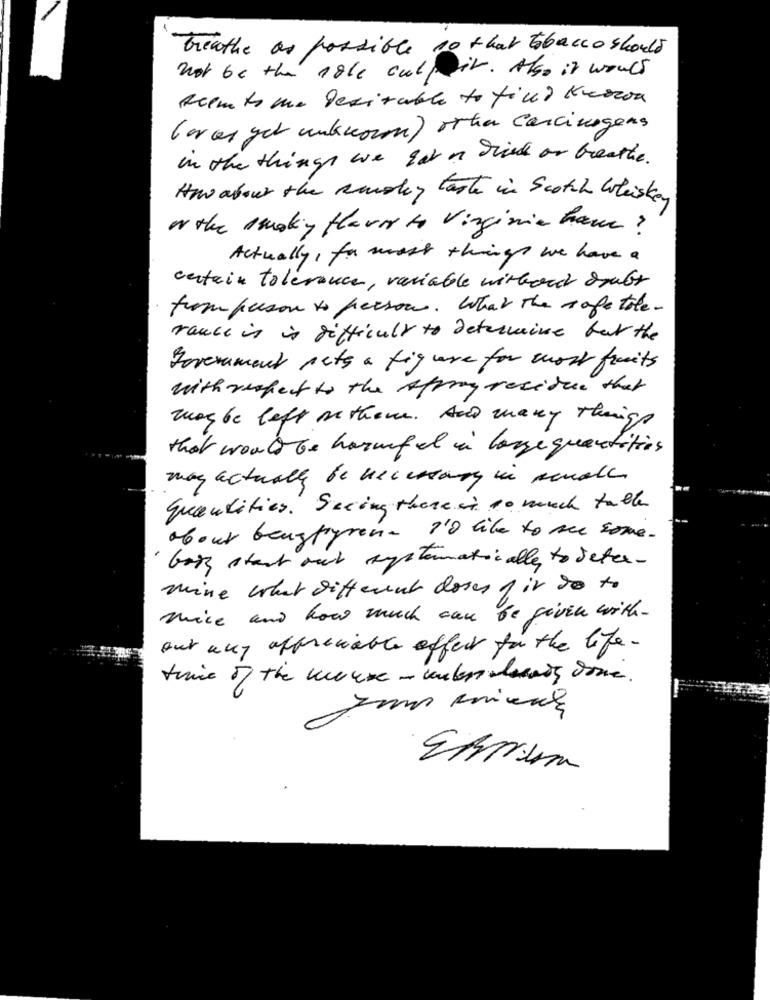
breathe as possible 10 that tobacco should
not be the sale culprit. Also it would
Reem ts me lesizable to find Nuovoa
( or as get unknown) other Carcinogens
in the things we got in dice or breathe.
How about the Radley taste in Scotch Whiskey
o the smoking flavor to Virginie ham ?
Actually , for most things we have a
certain tolerance, variable wirbord doubt
from person to person. What the cage tole.
rance in is difficult to Determine but the
Government pets a figure for work fruits
with respect to the Appray residue that
was be left ne thome. And many Things
that would be haruf el in large quantities
may actually be necessary in small
quantities. Seeing there is so much table
about beugtyren- I'd like to me some.
Gazz start out systematically, to Jetex-
mine what different doses fir do to
nice and how much can be given with-
out any appreciable afferr for the life.
0